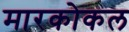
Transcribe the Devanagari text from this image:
मारकोकल